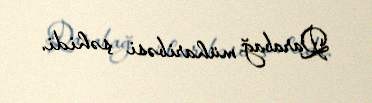
Qarabağ müharibəsi şəhidi.